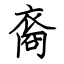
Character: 裔